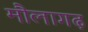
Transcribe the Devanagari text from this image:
मौलागढ़